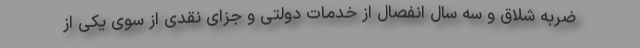
ضربه شلاق و سه سال انفصال از خدمات دولتی و جزای نقدی از سوی یکی از